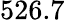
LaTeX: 526.7